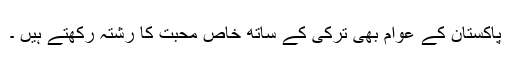
پاکستان کے عوام بھی ترکی کے ساتھ خاص محبت کا رشتہ رکھتے ہیں ۔